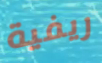
ريفية